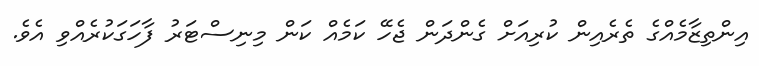
އިންތިޒާމެއްގެ ތެރެއިން ކުރިއަށް ގެންދަން ޖެހޭ ކަމެއް ކަން މިނިސްޓަރު ފާހަގަކުރެއްވި އެވެ.